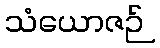
သံယောဇဉ်